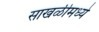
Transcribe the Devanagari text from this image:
साखळीमध्ये